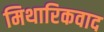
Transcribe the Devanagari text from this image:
मिथारिकवाद